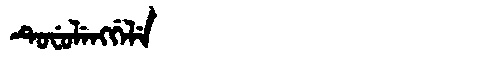
Manchu: ᡨᡠᠸᡠᠯᡝᠩᡤᡝᠯᡝ
Romanization: TUFULENGGELE